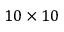
1 0 \times 1 0